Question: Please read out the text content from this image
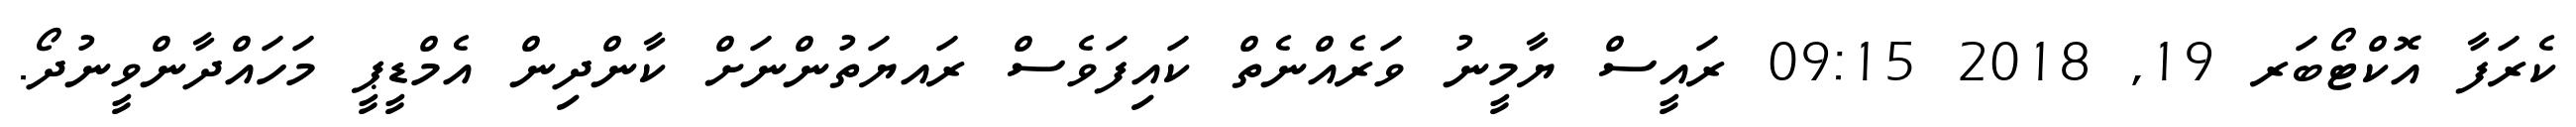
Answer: ކެރަފާ އޮކްޓޯބަރ 19, 2018 09:15 ރައީސް ޔާމީނު ވަރެއްނެތް ކައިފަވެސް ރައޔަތުންނަށް ކާންދިން އެމްޑީޕީ މަހައްދާންވީނުދޯ.